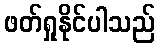
ဖတ်ရှုနိုင်ပါသည်